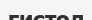
гистол